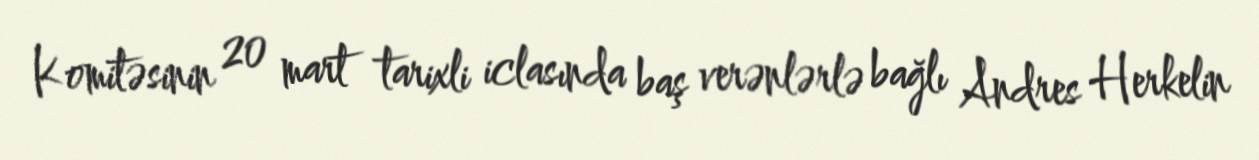
Komitəsinin 20 mart tarixli iclasında baş verənlərlə bağlı Andres Herkelin